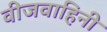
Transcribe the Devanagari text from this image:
वीजवाहिनी